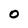
Character: 0